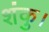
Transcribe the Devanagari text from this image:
शंकु।